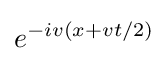
e^{-iv(x+vt/2)}